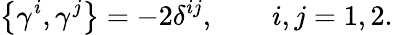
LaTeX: \left\{ \gamma^{i},\gamma^{j}\right\} =-2\delta^{ij},\qquad i,j=1,2.